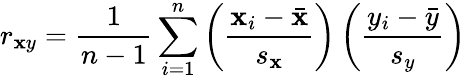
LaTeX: r_{\mathbf{x}y}={\frac{{1}}{{n-1}}}\sum_{i=1}^{n}\left({\frac{{\mathbf{x}_{i}-{\bar{{\mathbf{x}}}}}}{{s_{\mathbf{x}}}}}\right)\left({\frac{{y_{i}-{\bar{{y}}}}}{{s_{y}}}}\right)